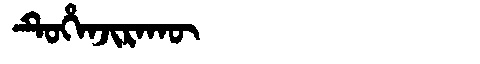
Manchu: ᡨᡠᡥᡝᠨᠵᡳᡵᠠᡴᡡ
Romanization: TUHENJIRAKŪ